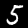
Digit: 5